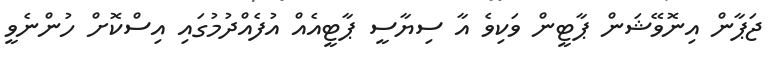
ޖަޕާން އިނޮވޭޝަން ޕާޓީން ވަކިވެ އާ ސިޔާސީ ޕާޓީއެއް އުފެއްދުމުގައި އިސްކޮށް ހުންނެވީ